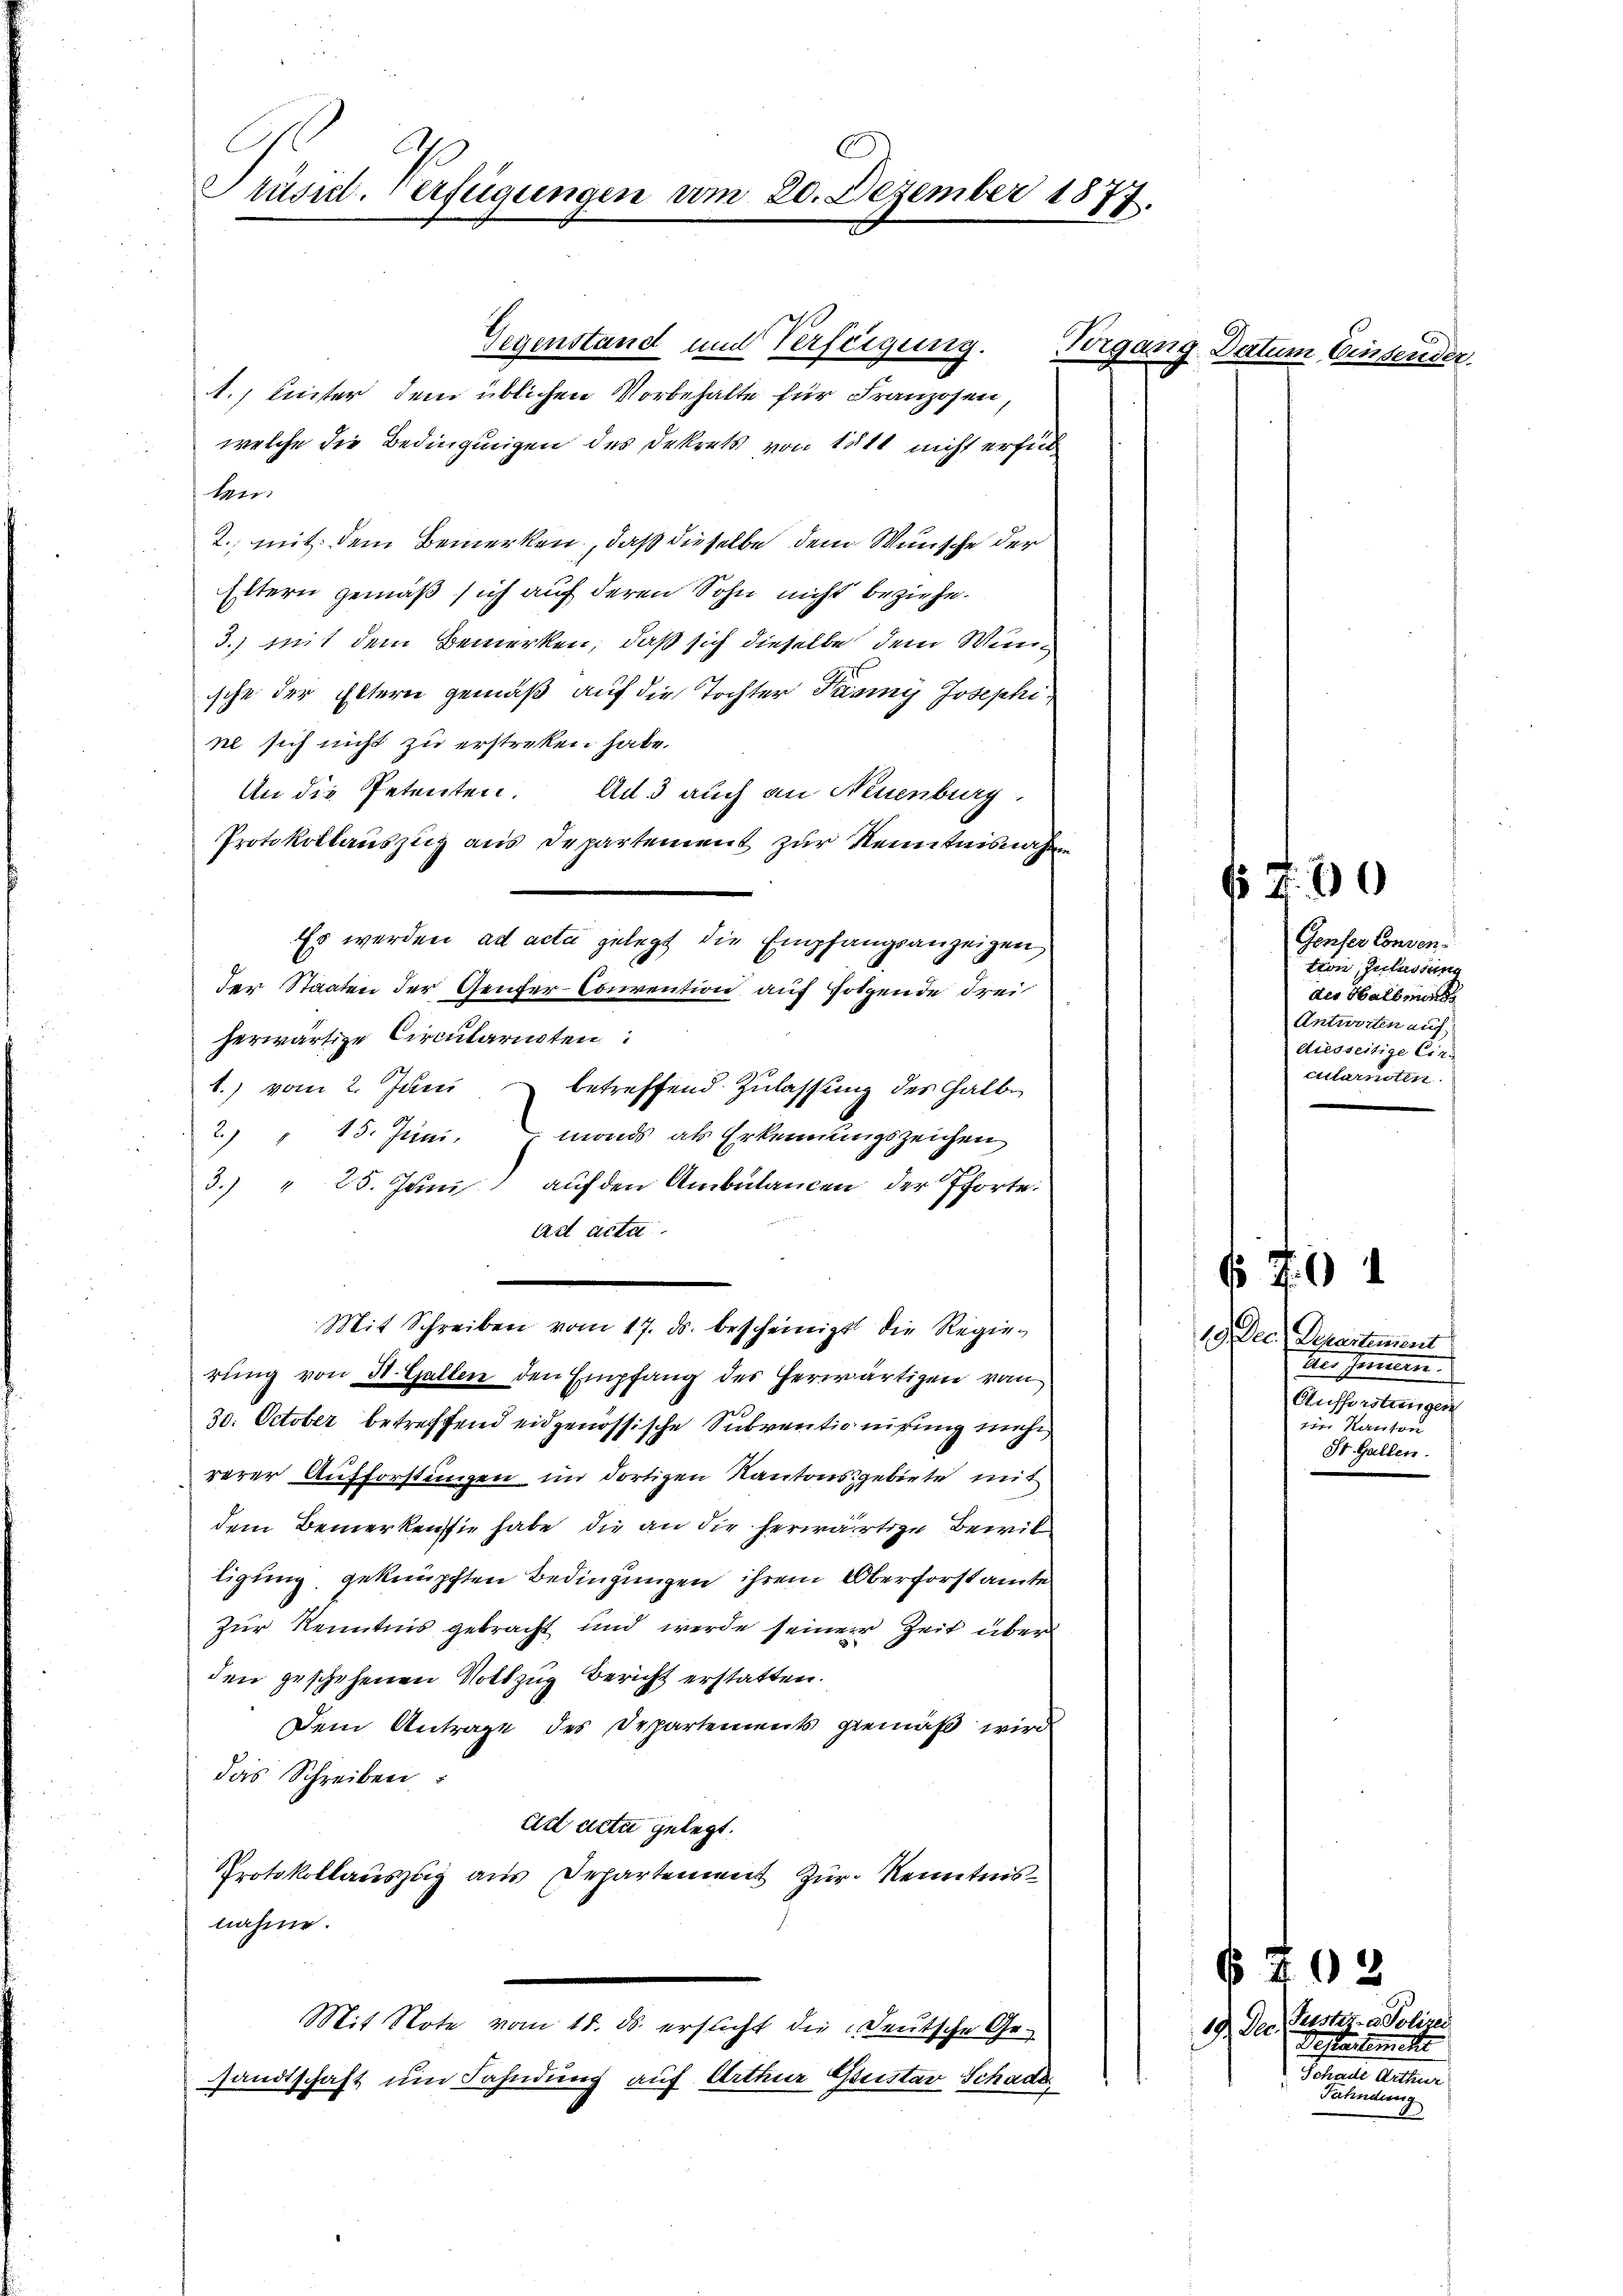
Präsid. Verfügungen am 20. Dezember 1877.

Gegenstand und Verfeigung.
1. Lister dem üblichen Vorbehalte für Franzosen,
welche die Bedingungen des Dekrets von litt nicht erfül
ker
2., mit dem Bemerken, daß dieselbe dem Wunsche der
Eitern gemäß sich auf deren Sohn nicht beziehe.
3.) mit dem Bemerken, daß sich dieselbe dem Wunsche der Eltern gemäß auf die Tochter Panmy Josephine sich nicht zu erstreken habe.
An die Petenten Ad3 auch an Neuenburg.
Protokollauszug aus Departement zur Kenntnisnahme
Es werden ad acta gelegt die Empfangsanzeigen
der Staaten der Genfer-Convention auf folgende drei
herwärtige Circulariaten
t.) vom 2. Juni betreffend Zulassung des halbe
2. " 15. Juni. monds als Erkennungszeichen
3.) " 25. Jŭni auf den Ambülancen der Pforte.
ad acta.
Mit Schreiben vom 17. ds. bescheinigt die Regie-
rung von St. Gallen den Empfang des herwärtigen von
30. October betreffend eidgenössische Subventionirung mehr
rerer Aufforstungen im dortigen Kantonsgebiete mit
dem Bemerken sie habe, die an die herwärtige Bewil
ligung geknüpften Bedingungen ihrem Oberforstamte
Zur Kenntnis gebracht und werde seiner Zeit über
den geschehenen Nothzug Bericht erstatten.
Dem Antrage des Departements gemäß wird
das Schreiben
Eid acta gelegt.
Protokollauszug aus Departement zur Kenntnis
nahme.
Mit Note vom 18. ds. ersucht die Deutsche Ge-
sandtschaft um Fahndung auf Arthur Quistav Schade

Vorgang Datum Einsender

Genfer Consen.
tton, zulassun
der Halbmord
Antworten auf
Aiesseitige Cir.
citurnoten.
¬

1.) Der Repartement
trer Gemein
Aufforstungen
im Kanton
St. Gallen.

¬

171. Der

70

1

79

2
Puster- u Polizei
Testatement
Schaue Aufen
Fahndung